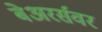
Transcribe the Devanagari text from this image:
बेअरर्सवर